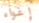
إغواء